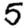
Digit: 5